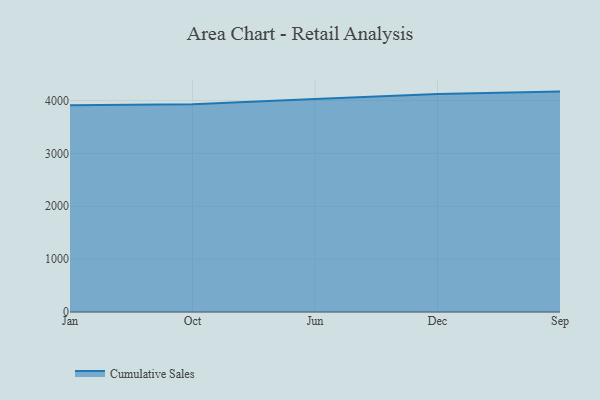
{"axis": {"x": "Month", "y": "Shipments"}, "legend": ["Cumulative Sales"], "data": [{"x": "Jan", "y": 3912.7, "type": "Cumulative Sales"}, {"x": "Oct", "y": 3928.8, "type": "Cumulative Sales"}, {"x": "Jun", "y": 4027.1, "type": "Cumulative Sales"}, {"x": "Dec", "y": 4125.2, "type": "Cumulative Sales"}, {"x": "Sep", "y": 4168.8, "type": "Cumulative Sales"}]}